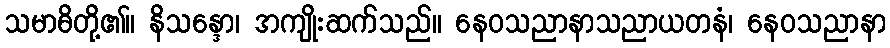
သမာဓိတို့၏။ နိသန္ဒော၊ အကျိုးဆက်သည်။ နေဝသညာနာသညာယတနံ၊ နေဝသညာနာ